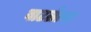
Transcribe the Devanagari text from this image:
वाटलेत्या